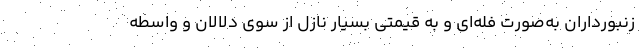
زنبورداران به‌صورت فله‌ای و به قیمتی بسیار نازل از سوی دلالان و واسطه